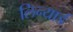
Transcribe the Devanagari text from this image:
लिन्यार्ड